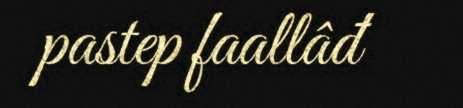
pastep faallâđ